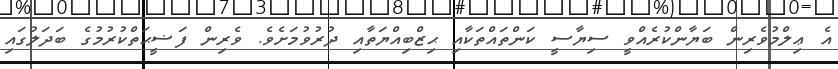
އެ ޢިލްމުވެރިން ބަޔާންކުރެއްވީ ސިޔާސީ ކަންތައްތަކާއި ޙިޒްބިއްޔަތާއި ދުރުވުމަށެވެ. ވެރިން ފަޟީޙަތްކުރުމުގެ ބަދަލުގައި